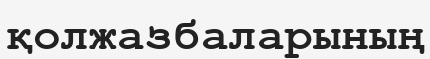
қолжазбаларының